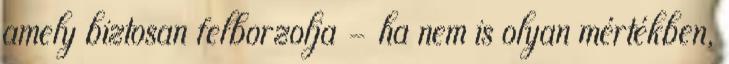
amely biztosan felborzolja - ha nem is olyan mértékben,